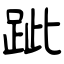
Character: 跐